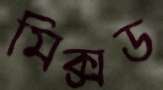
মিক্সড